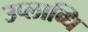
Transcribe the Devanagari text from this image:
उप्लाब्धि